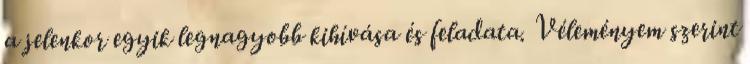
a jelenkor egyik legnagyobb kihívása és feladata. Véleményem szerint